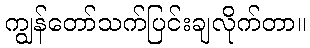
ကျွန်တော်သက်ပြင်းချလိုက်တာ။